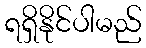
ရရှိနိုင်ပါမည်